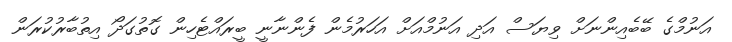
އަނުމްގެ ބޭބެއިންނަށް ވިޔަސް އަދި އަނުމްއަށް އަހަރުމެން ފެންނާނީ ބީރައްޓެހިން ގޮތުގަދޯ އިތުބާރުކުރަން